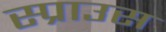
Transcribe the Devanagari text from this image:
स्प्राउस